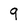
Character: 9